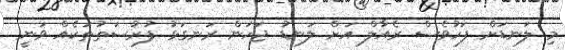
މި ލަނޑަށް ފަހުވެސް ރެއާލް އަށް ލަނޑު ޖަހަން ރަނގަޅު ފުރުސަތުތަކެއް ވަނީ